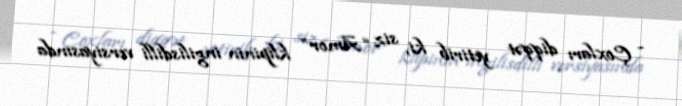
- Çoxları diqqət yetirib ki, siz “Amor” klipinin ingilisdilli versiyasında